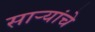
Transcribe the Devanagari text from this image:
साऱ्यांचे